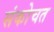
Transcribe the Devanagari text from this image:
संकोचत